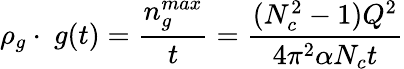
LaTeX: \rho_{g}\cdot\ g(t)={\frac{n_{g}^{max}}{t}}={\frac{(N_{c}^{2}-1)Q^{2}}{4\pi^{2}\alpha N_{c}t}}